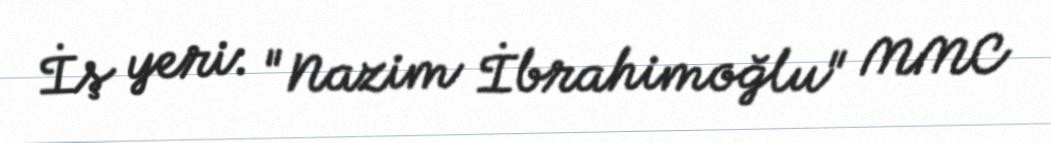
İş yeri: "Nazim İbrahimoğlu" MMC